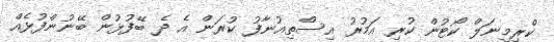
ކްރިމިނަލް ކޯޓުން ކުރި އަމުރު އިސްތިއުނާފު ކުރަން އެ ދެ ބޭފުޅުން ބޭނުންފުޅެއް